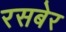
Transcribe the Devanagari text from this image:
रसबेर